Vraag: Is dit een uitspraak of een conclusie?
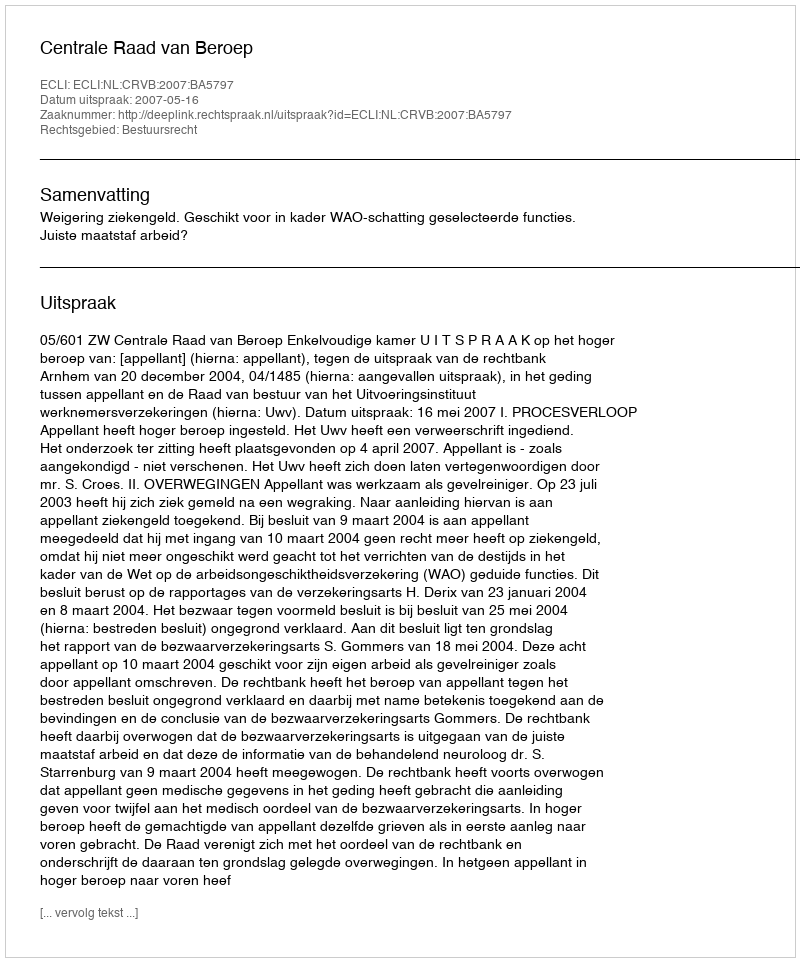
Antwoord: Uitspraak